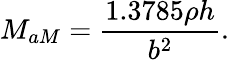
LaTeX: M_{aM}=\frac{1.3785\rho h}{b^{2}}.